65_HS1-834228961_62-HQ-83894_Section_8
Agency: FBI
Page 36
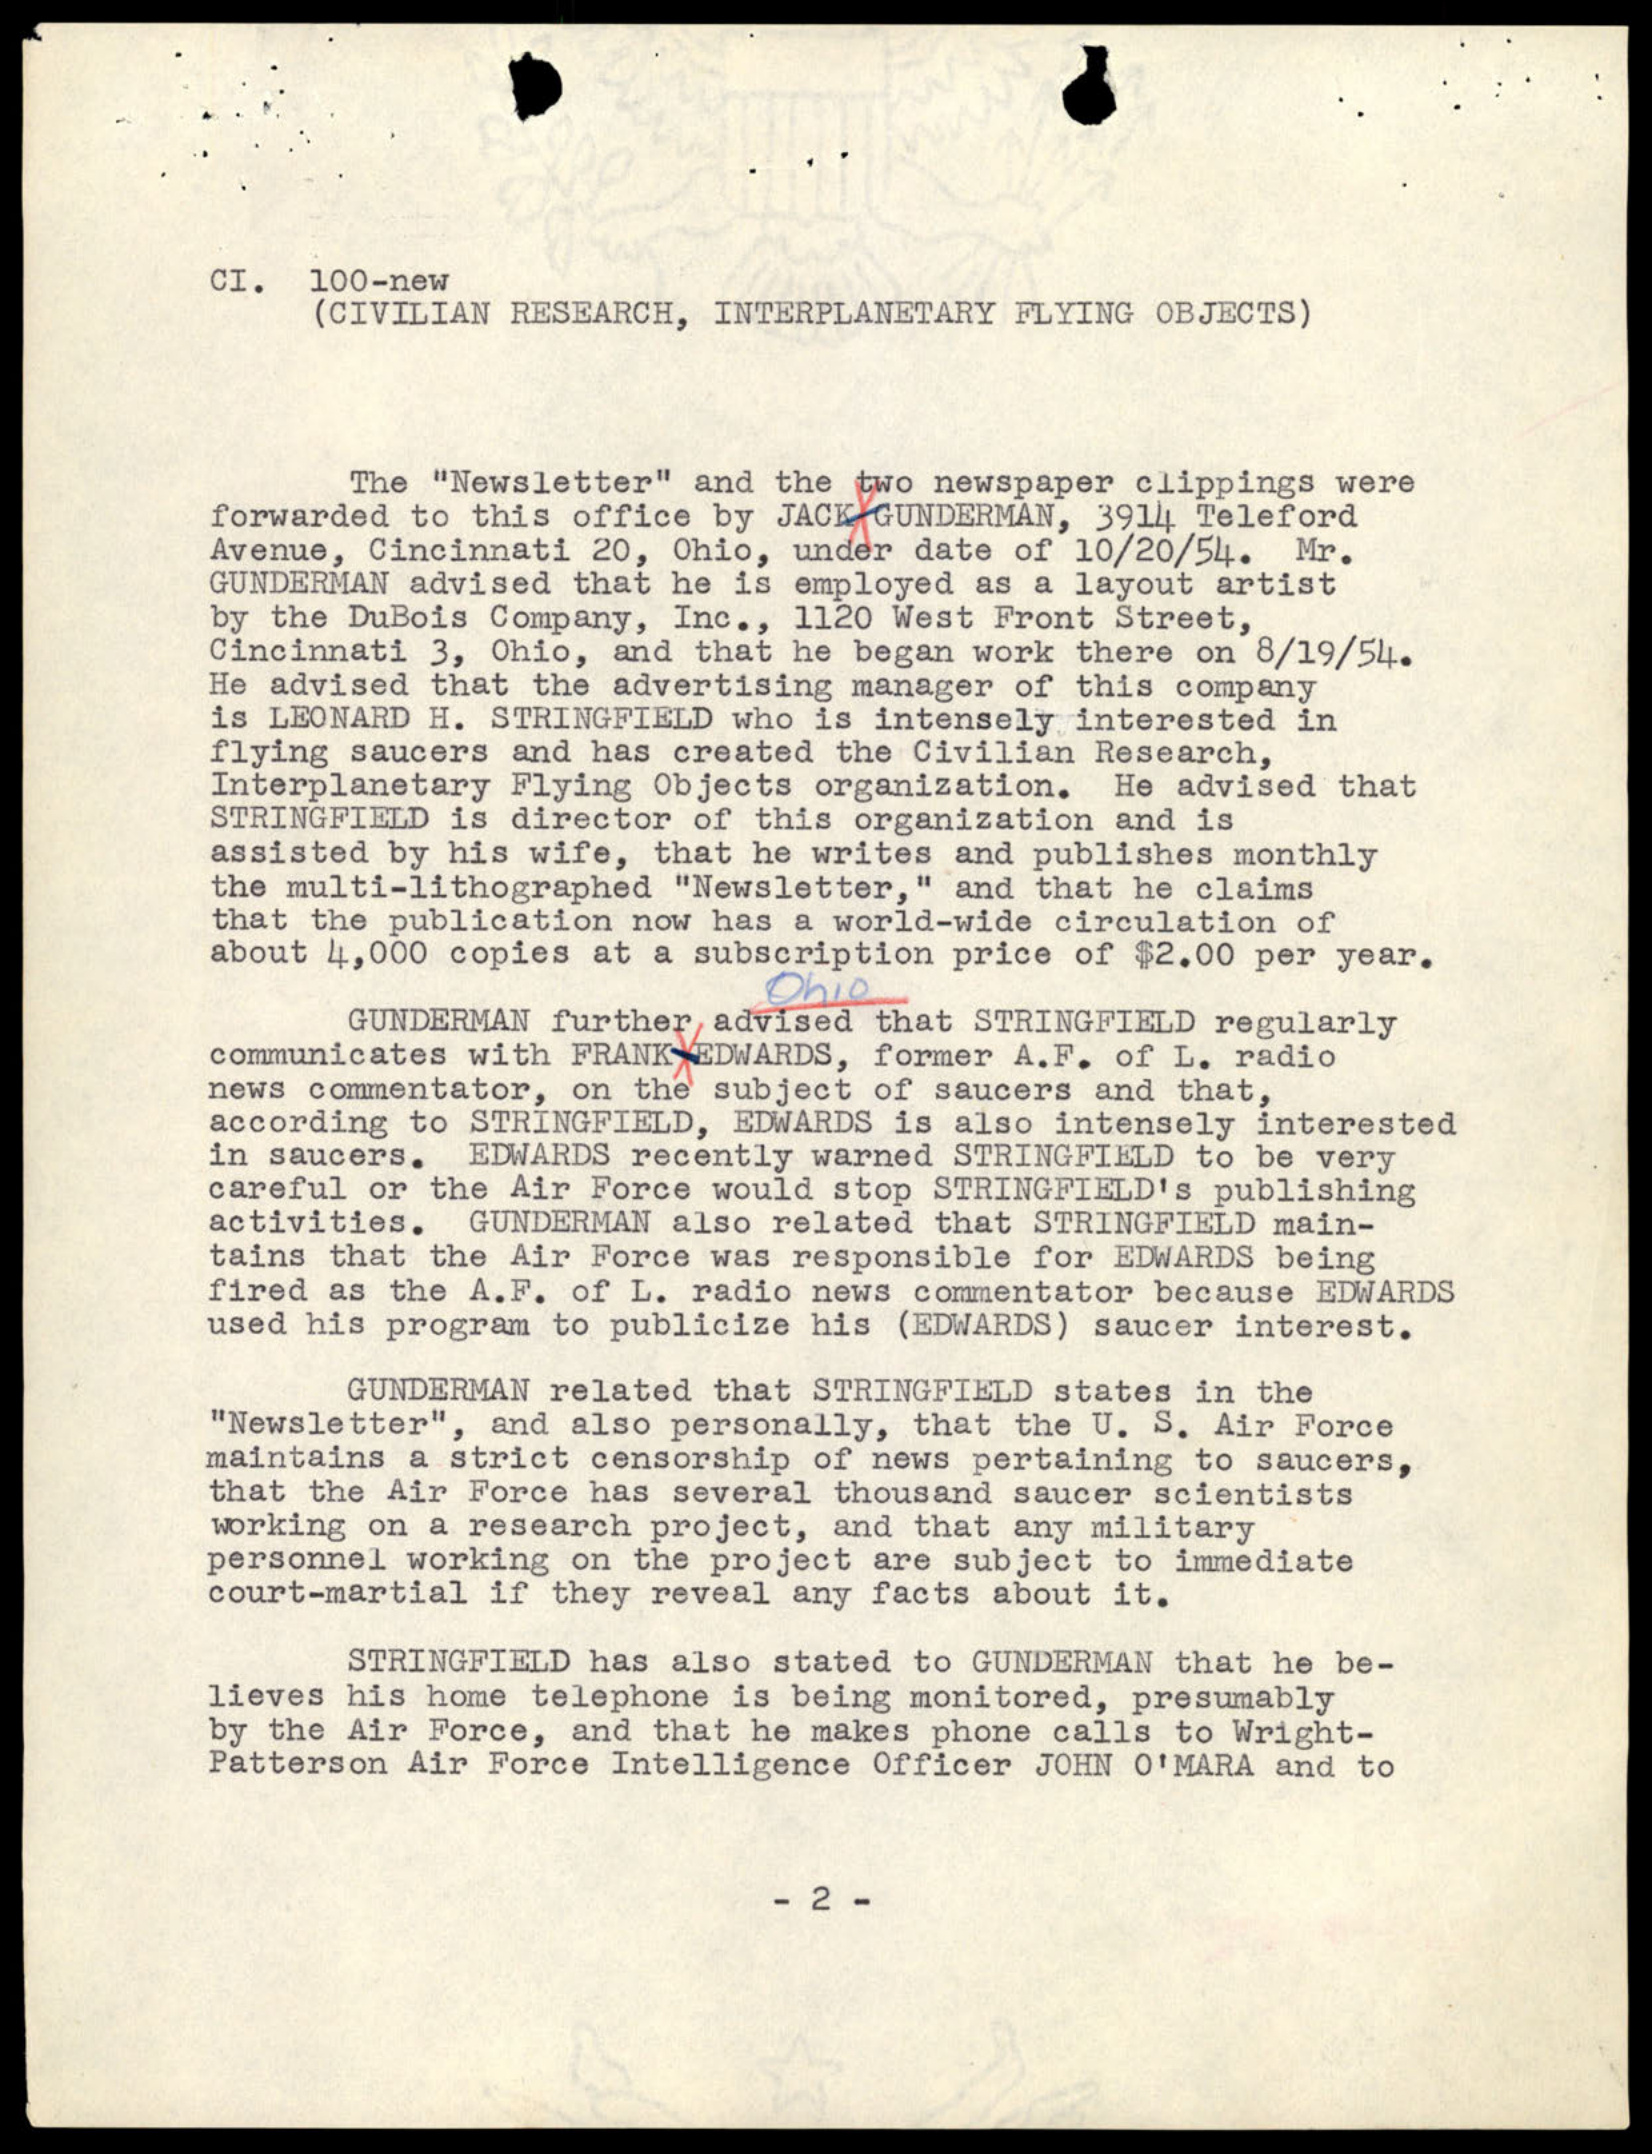